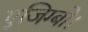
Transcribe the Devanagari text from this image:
एजिग्बो।